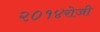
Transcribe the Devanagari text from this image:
२०१४रोजी